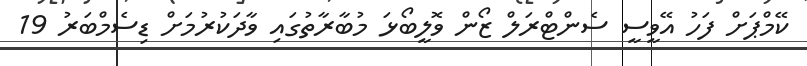
ކޭމްޕަށް ފަހު އޭވީސީ ސެންޓްރަލް ޒޯން ވޮލީބޯޅަ މުބާރާތުގައި ވާދަކުރުމަށް ޑިސެމްބަރު 19